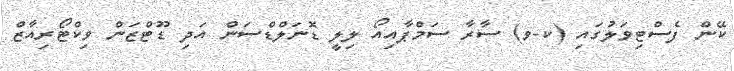
ކޭން ފެސްޓިވަލުގައި (ކ-ވ) ސާރާ ސަމްޕާއިއޯ ލިލީ ޑޮނަލްޑްސަން އަދި ޑޫޓްޒަން ވިކްޓޯރިއާޒް